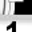
Digit: 1